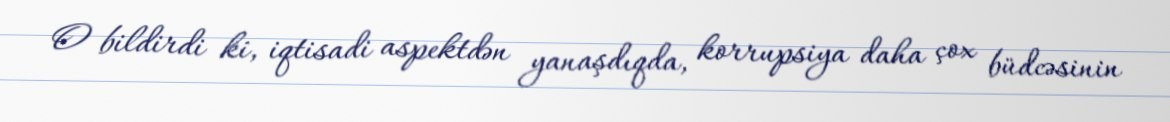
O bildirdi ki, iqtisadi aspektdən yanaşdıqda, korrupsiya daha çox büdcəsinin